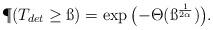
LaTeX: \begin{align*}\P(T_{det}\geq \ss) = \exp\big({-}\Theta(\ss^{\frac{1}{2\alpha}})\big).\end{align*}